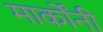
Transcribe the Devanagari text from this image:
मार्कोंनी